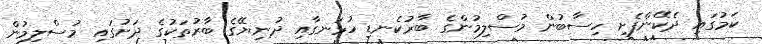
ކަމުގައި ދެކޭންފެށި ހިސާބުން މުސްލިމުންގެ ބާރުކެނޑި ހުޅަނގާއި ދުނިޔޭގެ ބާރުތަކުގެ ދަށުގައި މުސްލިމުން